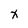
Character: X